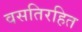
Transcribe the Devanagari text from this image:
वसतिरहित